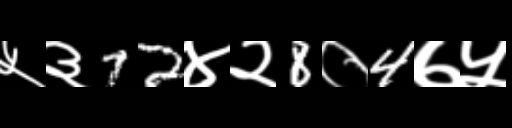
Text: ५३72४२8०4७५